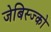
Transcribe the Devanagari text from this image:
जेबिस्ज्को